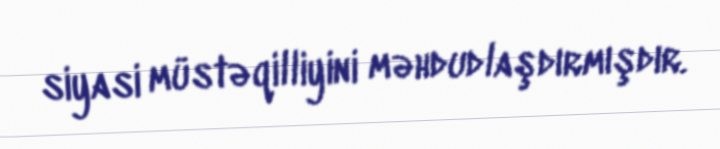
siyasi müstəqilliyini məhdudlaşdırmışdır.